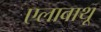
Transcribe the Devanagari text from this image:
एलावाथू